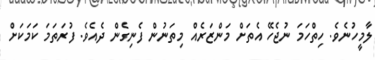
ލާމީހުނެވެ. ހިތްހަމަ ނުޖެހޭ އެތަށް މަންޒަރެއް މިތަނުން ފެނިގެން ދެއެވެ. ފުރަތަމަ ކަމަކަށް